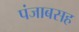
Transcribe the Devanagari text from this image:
पंजाबसह